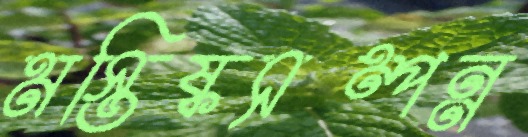
মস্তিষ্কসম্পন্ন